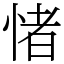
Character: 㥩